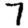
Digit: 7